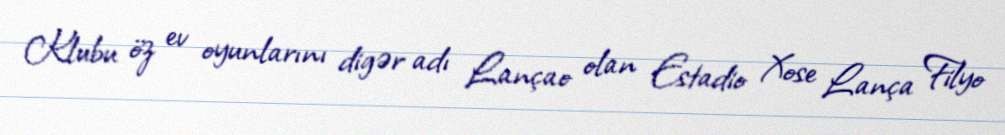
Klubu öz ev oyunlarını digər adı Lançao olan Estadio Xose Lança Filyo